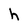
Character: h